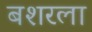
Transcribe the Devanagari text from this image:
बशरला